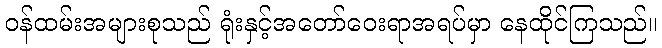
ဝန်ထမ်းအများစုသည် ရုံးနှင့်အတော်ဝေးရာအရပ်မှာ နေထိုင်ကြသည်။